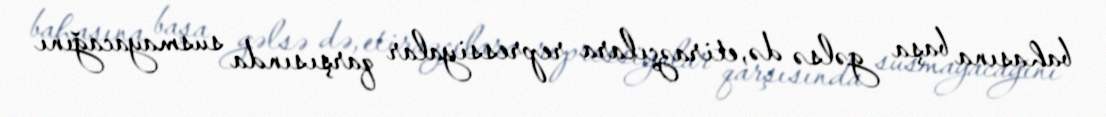
bahasına başa gəlsə də, etirazçılara repressiyalar qarşısında susmayacağını